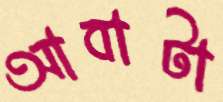
আবাটা